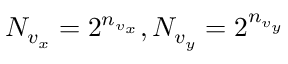
N _ { v _ { x } } = 2 ^ { n _ { v _ { x } } } , N _ { v _ { y } } = 2 ^ { n _ { v _ { y } } }